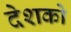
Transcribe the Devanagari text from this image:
देशको